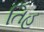
તિહ